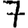
Digit: 7